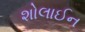
શોલાઈન